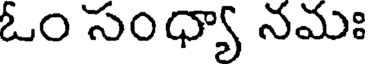
ఓం సంధ్యా నమః